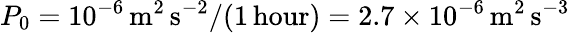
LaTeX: P_{0}=10^{-6}\, \mathrm{{m^{2}\, s^{-2}}/(1\, \textrm{hour})=2.7\times 10^{-6}\, \mathrm{{m^{2}\, s^{-3}}}}